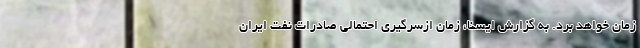
زمان خواهد برد. به گزارش ایسنا، زمان ازسرگیری احتمالی صادرات نفت ایران